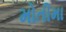
મોતીમા